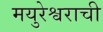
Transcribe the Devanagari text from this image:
मयुरेश्वराची